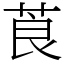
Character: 莨